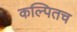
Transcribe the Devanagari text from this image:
कल्पितच